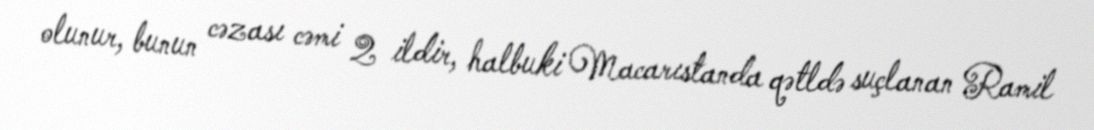
olunur, bunun cəzası cəmi 2 ildir, halbuki Macarıstanda qətldə suçlanan Ramil